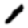
Digit: 1